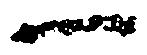
一